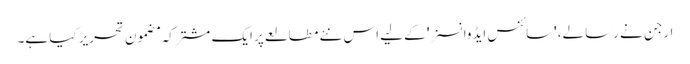
ارجن نے رسالے، 'سائنس ایڈوانسز' کے لیے اس نئے مطالعے پر ایک مشترکہ مضمون تحریر کیا ہے۔